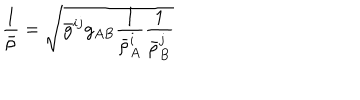
LaTeX: \frac { 1 } { \bar { \rho } } = \sqrt { \bar { g } ^ { i j } g _ { A B } \frac { 1 } { \bar { \rho } _ { A } ^ { i } } \frac { 1 } { \bar { \rho } _ { B } ^ { j } } }